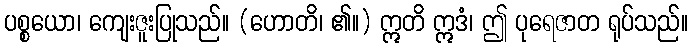
ပစ္စယော၊ ကျေးဇူးပြုသည်။ (ဟောတိ၊ ၏။) ဣတိ ဣဒံ၊ ဤ ပုရေဇာတ ရုပ်သည်။